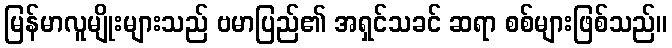
မြန်မာလူမျိုးများသည် ဗမာပြည်၏ အရှင်သခင် ဆရာ စစ်များဖြစ်သည်။